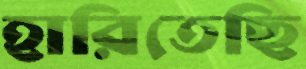
হারিতেছি